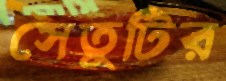
সেতুটির